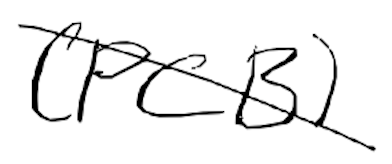
Text: (PCB)
Cross-out: diagonal
Writing tool: digital_black